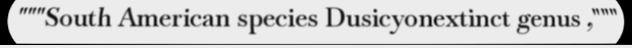
"""South American species Dusicyonextinct genus ,"""